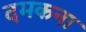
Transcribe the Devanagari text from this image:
दमकना